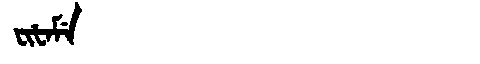
Manchu: ᠸᡳᡶᠠᠮᡝ
Romanization: FIFAME